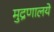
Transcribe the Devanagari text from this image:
मुद्रणालये